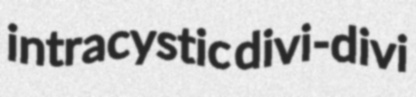
intracystic divi-divi